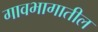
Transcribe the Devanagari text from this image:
गावभागातील